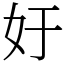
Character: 㚥